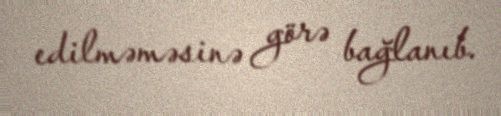
edilməməsinə görə bağlanıb.